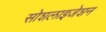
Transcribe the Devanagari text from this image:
सोशलाइजेशन